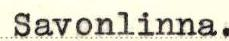
Savonlinna.